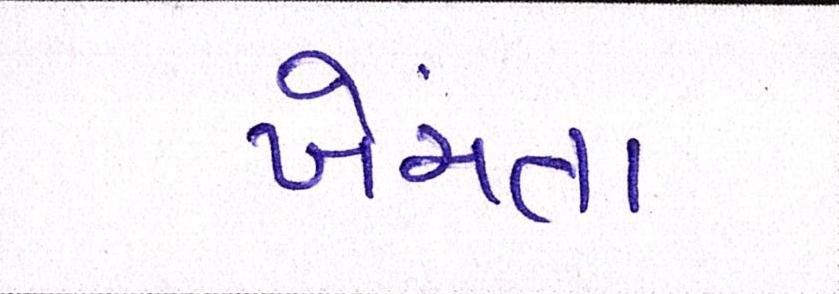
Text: ખેંચતા